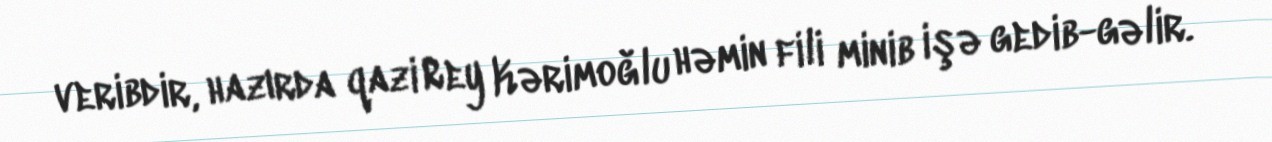
veribdir, hazırda qazi Rey Kərimoğlu həmin fili minib işə gedib-gəlir.